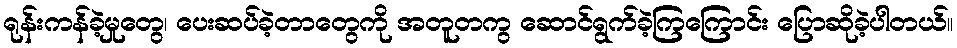
ရုန်းကန်ခဲ့မှုတွေ၊ ပေးဆပ်ခဲ့တာတွေကို အတူတကွ ဆောင်ရွက်ခဲ့ကြကြောင်း ပြောဆိုခဲ့ပါတယ်။